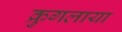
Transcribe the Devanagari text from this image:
क्रुगलाया